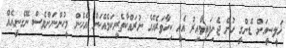
ޚަލީސީއަށް ޑެންގީ ހުން ޖެހިފައިވާއިރު އެއީ ކިހާވަރެއްގެ ނުރައްކާތެރިކަމެއްކަން އެހެން މީހުންނަށްވެސް ނޭގެނީއެއް